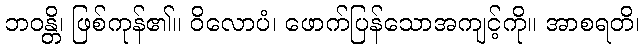
ဘဝန္တိ၊ ဖြစ်ကုန်၏။ ဝိလောပံ၊ ဖောက်ပြန်သောအကျင့်ကို။ အာစရတိ၊